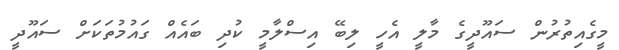
މީގެއިތުރުން ސައޫދީގެ މާލީ އެހީ ލިބޭ އިސްލާމީ ކުދި ބައެއް ގައުމުތަކަށް ސައޫދީ